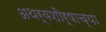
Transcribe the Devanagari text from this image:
अथर्वशीर्षाच्या